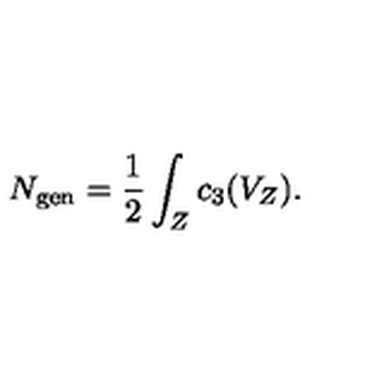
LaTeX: N _ { \mathrm { g e n } } = { \frac { 1 } { 2 } } \int _ { Z } c _ { 3 } ( V _ { Z } ) .